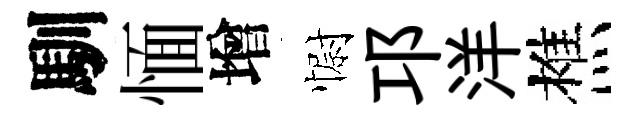
馴愐增𢠢邛洋樵